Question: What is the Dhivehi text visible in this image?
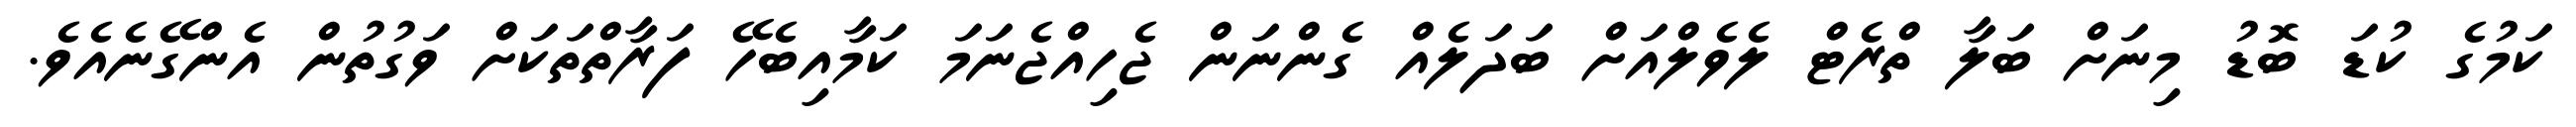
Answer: ކަމުގެ ކުޑަ ބޮޑު މިނަށް ބަލާ ތްރެޓް ލެވެލްއަށް ބަދަލެއް ގެންނަން ޖެހިއްޖެނަމަ ކަމާއިބެހޭ ފަރާތްތަކަށް ވަގުތުން އެންގޭނެއެވެ.